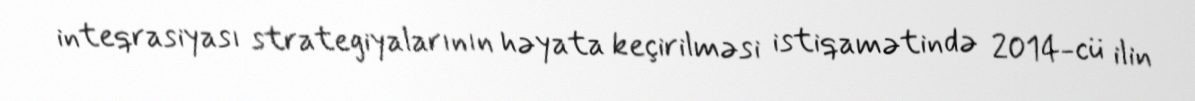
inteqrasiyası strategiyalarının həyata keçirilməsi istiqamətində 2014-cü ilin